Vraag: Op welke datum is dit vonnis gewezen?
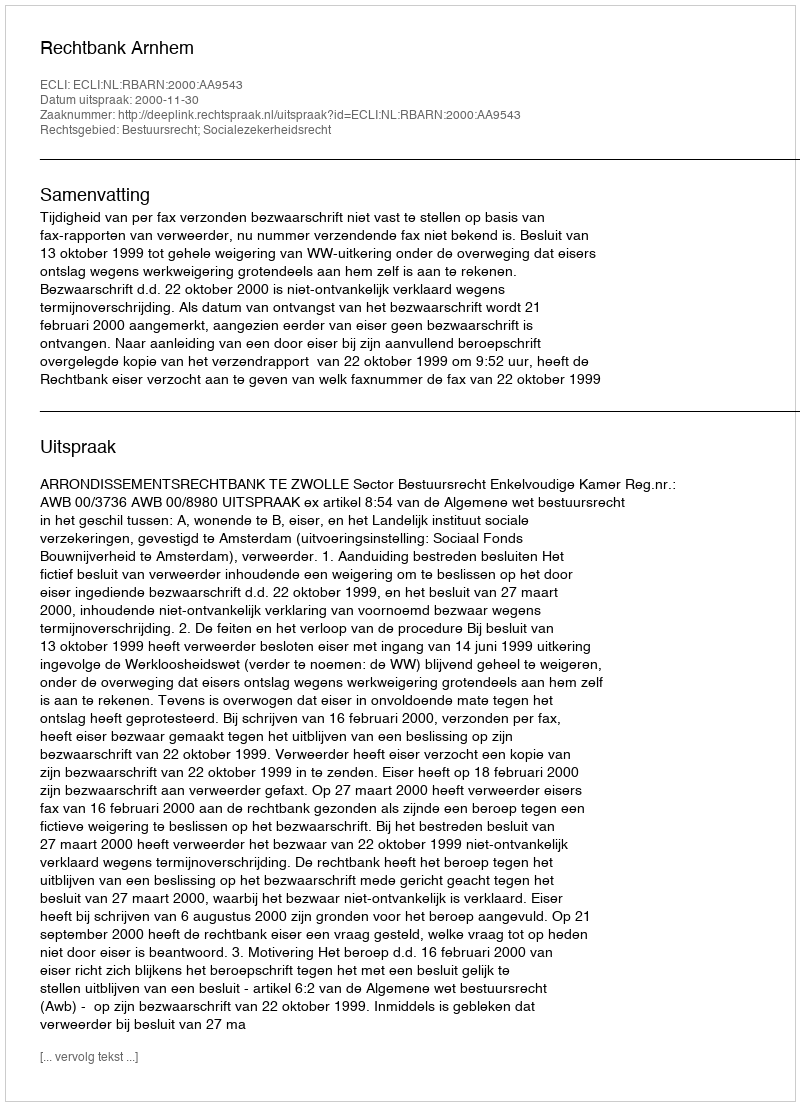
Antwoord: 2000-11-30